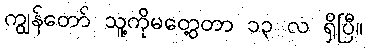
ကျွန်တော် သူ့ကိုမတွေ့တာ ၁၃ လ ရှိပြီ။